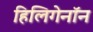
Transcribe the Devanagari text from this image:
हिलिगेनॉन